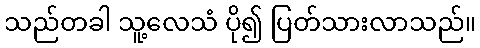
သည်တခါ သူ့လေသံ ပို၍ ပြတ်သားလာသည်။